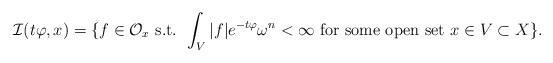
LaTeX: \begin{align*}\mathcal I(t\varphi,x) = \{ f \in \mathcal O_x \textup{ s.t. } \int_V |f|e^{-t\varphi} \omega^n< \infty \textup{ for some open set } x\in V \subset X\}.\end{align*}